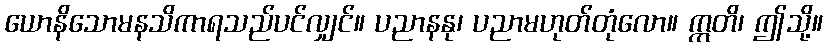
ယောနိသောမနသိကာရသည်ပင်လျှင်။ ပညာနနု၊ ပညာမဟုတ်တုံလော။ ဣတိ၊ ဤသို့။